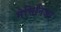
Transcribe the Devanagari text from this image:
मेसिनिआ